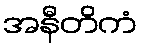
အနီတိကံ